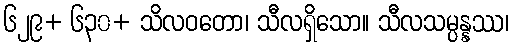
၆၂၉+ ၆၃၀+ သိလဝတော၊ သီလရှိသော။ သီလသမ္ပန္နဿ၊